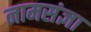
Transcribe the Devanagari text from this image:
नामसंज्ञा